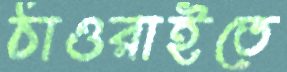
ঠাওরাইতে